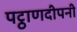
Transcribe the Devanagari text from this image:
पट्ठाणदीपनी